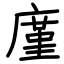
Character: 廑